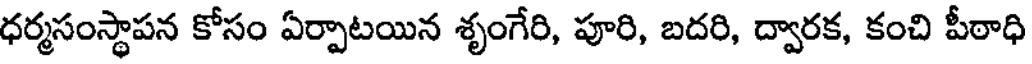
ధర్మసంస్థాపన కోసం ఏర్పాటయిన శృంగేరి, పూరి, బదరి, ద్వారక, కంచి పీఠాధి